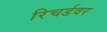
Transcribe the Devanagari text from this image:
रिचर्डवर